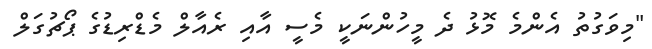
"މިވަގުތު އެންމެ މޮޅު ދެ މީހުންނަކީ މެސީ އާއި ރެއާލް މެޑްރިޑުގެ ޕޯޗުގަލް